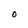
Character: O